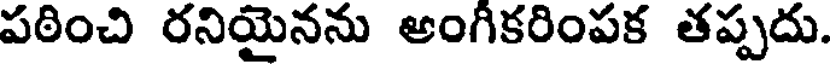
పఠించి రనియైనను అంగీకరింపక తప్పదు.